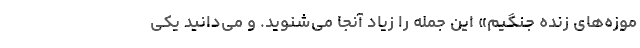
موزه‌های زنده جنگیم» این جمله را زیاد آنجا می‌شنوید. و می‌دانید یکی